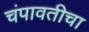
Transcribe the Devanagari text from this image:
चंपावतीचा